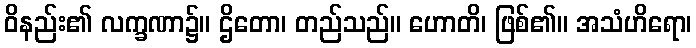
ဝိနည်း၏ လက္ခဏာ၌။ ဌိတော၊ တည်သည်။ ဟောတိ၊ ဖြစ်၏။ အသံဟိရော၊